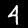
Label: 4